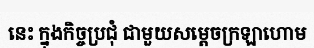
នេះ ក្នុងកិច្ចប្រជុំ ជាមួយសម្តេចក្រឡាហោម